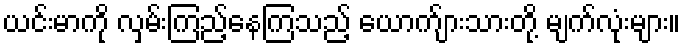
ယင်းမာကို လှမ်းကြည့်နေကြသည့် ယောက်ျားသားတို့ မျက်လုံးများ။